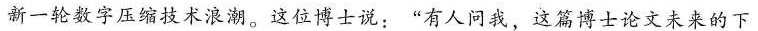
新一轮数字压缩技术浪潮。这位博士说：”有人问我，这篇博士论文未来的下